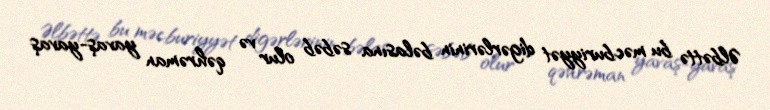
Əlbəttə bu məcburiyyət digərlərinin bəlasına səbəb olur və qəhrəman yavaş-yavaş